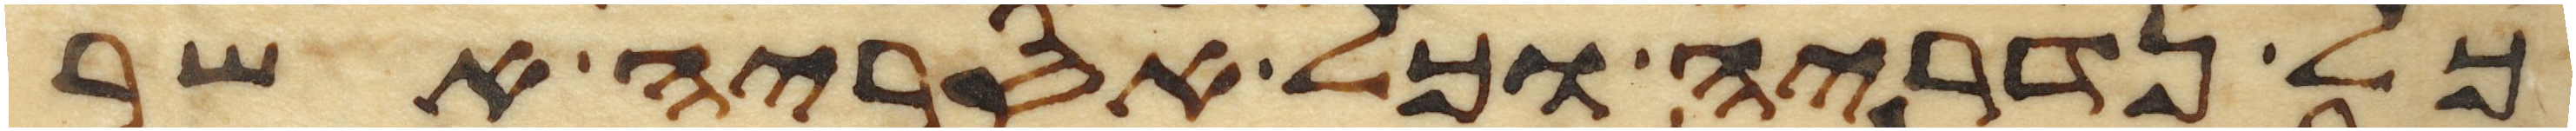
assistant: כל נדריה וכל אסריה אשר